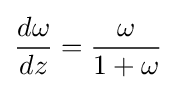
{\frac {d\omega }{dz}}={\frac {\omega }{1+\omega }}